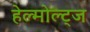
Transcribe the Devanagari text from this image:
हेल्मोल्ट्ज